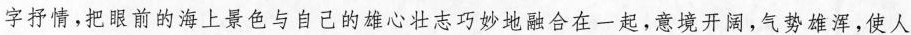
字抒情，把眼前的海上景色与自己的雄心壮志巧妙地融合在一起，意境开阔，气势雄浑，使人